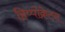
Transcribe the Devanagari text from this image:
हिप्पोक्रेटन